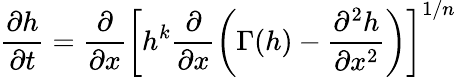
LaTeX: \frac{\partial h}{\partial t}=\frac{\partial}{\partial x}\left[h^{k}\frac{\partial}{\partial x}\left(\Gamma(h)-\frac{\partial^{2}h}{\partial x^{2}}\right)\right]^{1/n}